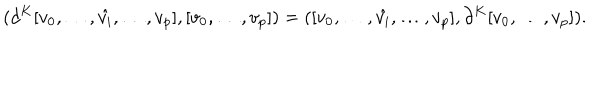
( d ^ { K } [ v _ { 0 } , \dots , \hat { v _ { i } } , \dots , v _ { p } ] , [ v _ { 0 } , \dots , v _ { p } ] ) = ( [ v _ { 0 } , \dots , \hat { v _ { i } } , \dots , v _ { p } ] , \partial ^ { K } [ v _ { 0 } , \dots , v _ { p } ] ) .